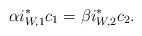
\begin{align*}\alpha i^*_{W,1}c_{1}=\beta i^*_{W,2}c_{2}.\end{align*}